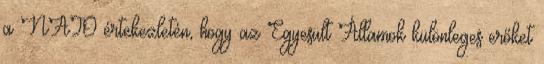
a NATO értekezletén, hogy az Egyesült Államok különleges erőket